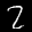
Label: 2